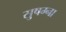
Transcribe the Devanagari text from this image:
सुषम्ना